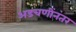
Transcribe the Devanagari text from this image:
अडचणींनंतर